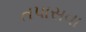
તપાસવા